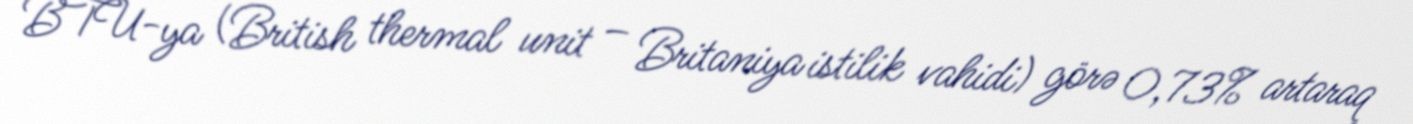
BTU-ya (British thermal unit – Britaniya istilik vahidi) görə 0,73% artaraq